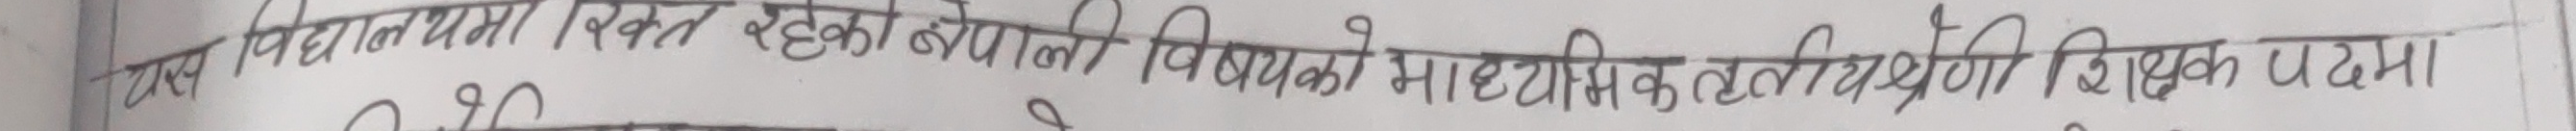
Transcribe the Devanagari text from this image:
यस विद्यालयमा रिक्त रहेको वेपाली विषयको माध्यमिक तहतीय शिक्षक पदमा